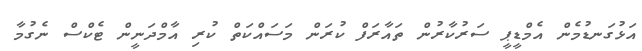
އަޅުގަނޑުމެން އެމްޑީޕީ ސަރުކާރުން ތައާރަފް ކުރަން މަސައްކަތް ކުރި އާމްދަނީން ޓެކްސް ނެގުމާ